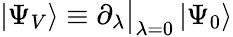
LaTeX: |\Psi_{V}\rangle\equiv\partial_{\lambda}\big|_{\lambda=0}\, |\Psi_{0}\rangle